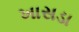
ખાસડા